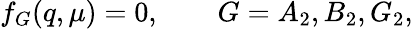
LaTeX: f_{G}(q,\mu)=0,\qquad G=A_{2},B_{2},G_{2},